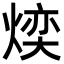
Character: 㷜